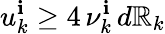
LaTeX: u_{k}^{\mathbf{i}}\ge4\, \nu_{k}^{\mathbf{i}}\, d\mathbb{R}_{k}